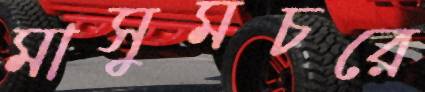
মাসুমচরে